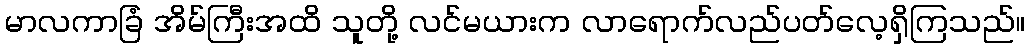
မာလကာခြံ အိမ်ကြီးအထိ သူတို့ လင်မယားက လာရောက်လည်ပတ်လေ့ရှိကြသည်။